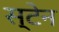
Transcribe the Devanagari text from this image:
स्‍टेन